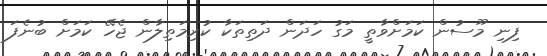
ފިނި މޫސުން ކަމަށްވާތީ މަގު ހަދަން ދަތިތަކާ ކުރިމަތިލާން ޖެހޭ ކަމަށް ބުނެފަ